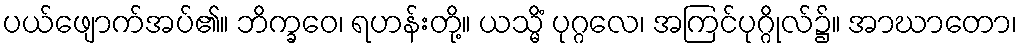
ပယ်ဖျောက်အပ်၏။ ဘိက္ခဝေ၊ ရဟန်းတို့။ ယသ္မိံ ပုဂ္ဂလေ၊ အကြင်ပုဂ္ဂိုလ်၌။ အာဃာတော၊